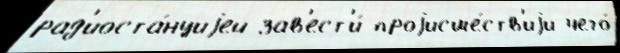
рад'иоста́нциjей зав'ест'и́ проjисше́ств'иjи чего́